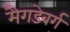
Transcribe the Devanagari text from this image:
मैगडेबर्ग